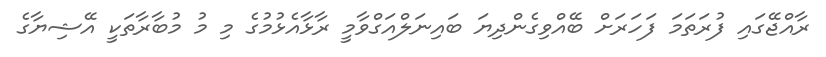
ރާއްޖޭގައި ފުރަތަމަ ފަހަރަށް ބޭއްވިގެންދިޔަ ބައިނަލްއަގްވާމީ ރާޅާއެޅުމުގެ މި މު މުބާރާތަކީ އޭޝިޔާގެ